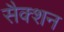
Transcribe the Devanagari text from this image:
सैक्शन